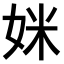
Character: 𫰤